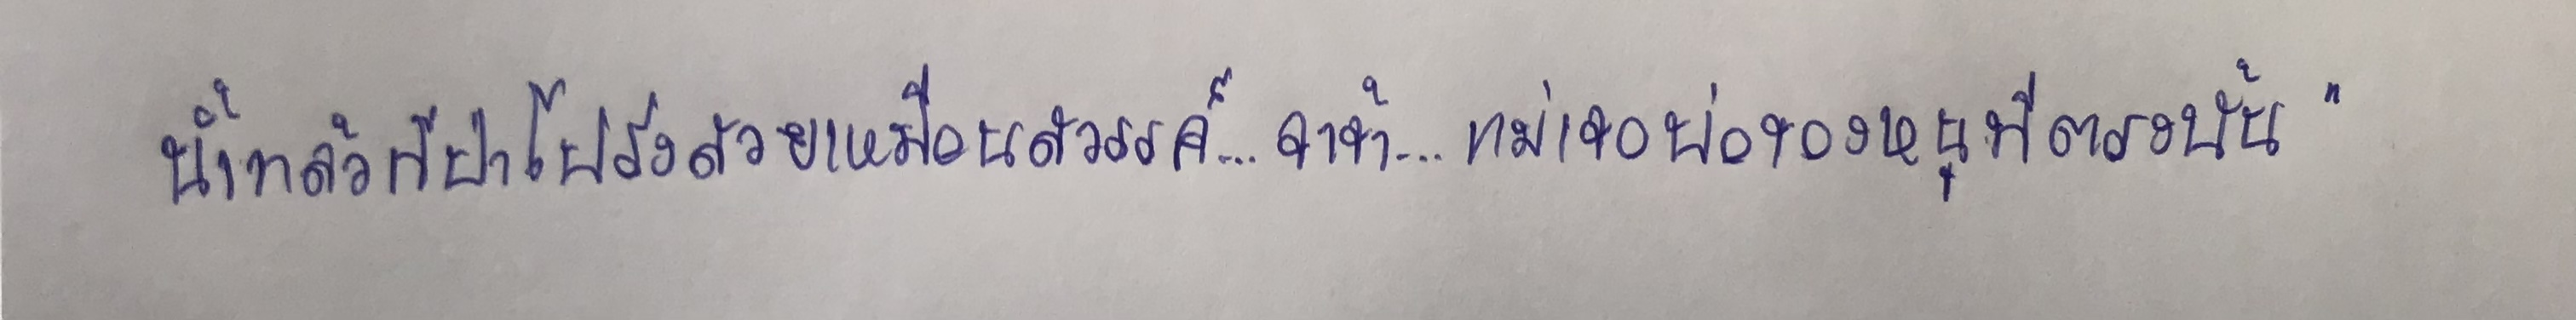
น้ำแล้วก็ป่าโปร่งสวยเหมือนสวรรค์...จาจ้า...แม่เจอพ่อของหนูที่ตรงนั้น"